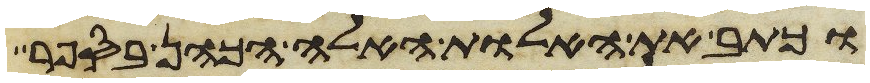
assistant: וכתב את האלות האלה הכהן בספר